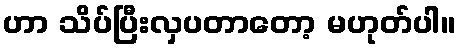
ဟာ သိပ်ပြီးလှပတာတော့ မဟုတ်ပါ။